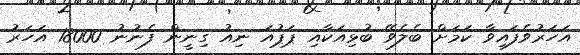
އަހަރުވެފައިވާ ކަމަށް ބެލެވޭ ބުޅިއަކާއި ޕަޕުއަ ނިއު ގިނީން ފެނުނު 18000 އަހަރު